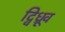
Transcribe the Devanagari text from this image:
द्विध्रूव